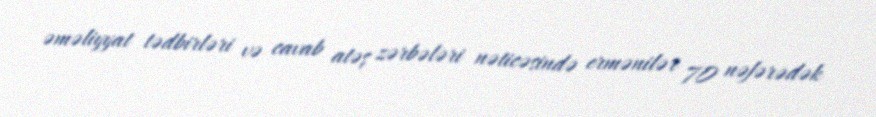
əməliyyat tədbirləri və cavab atəş zərbələri nəticəsində ermənilər 70 nəfərədək